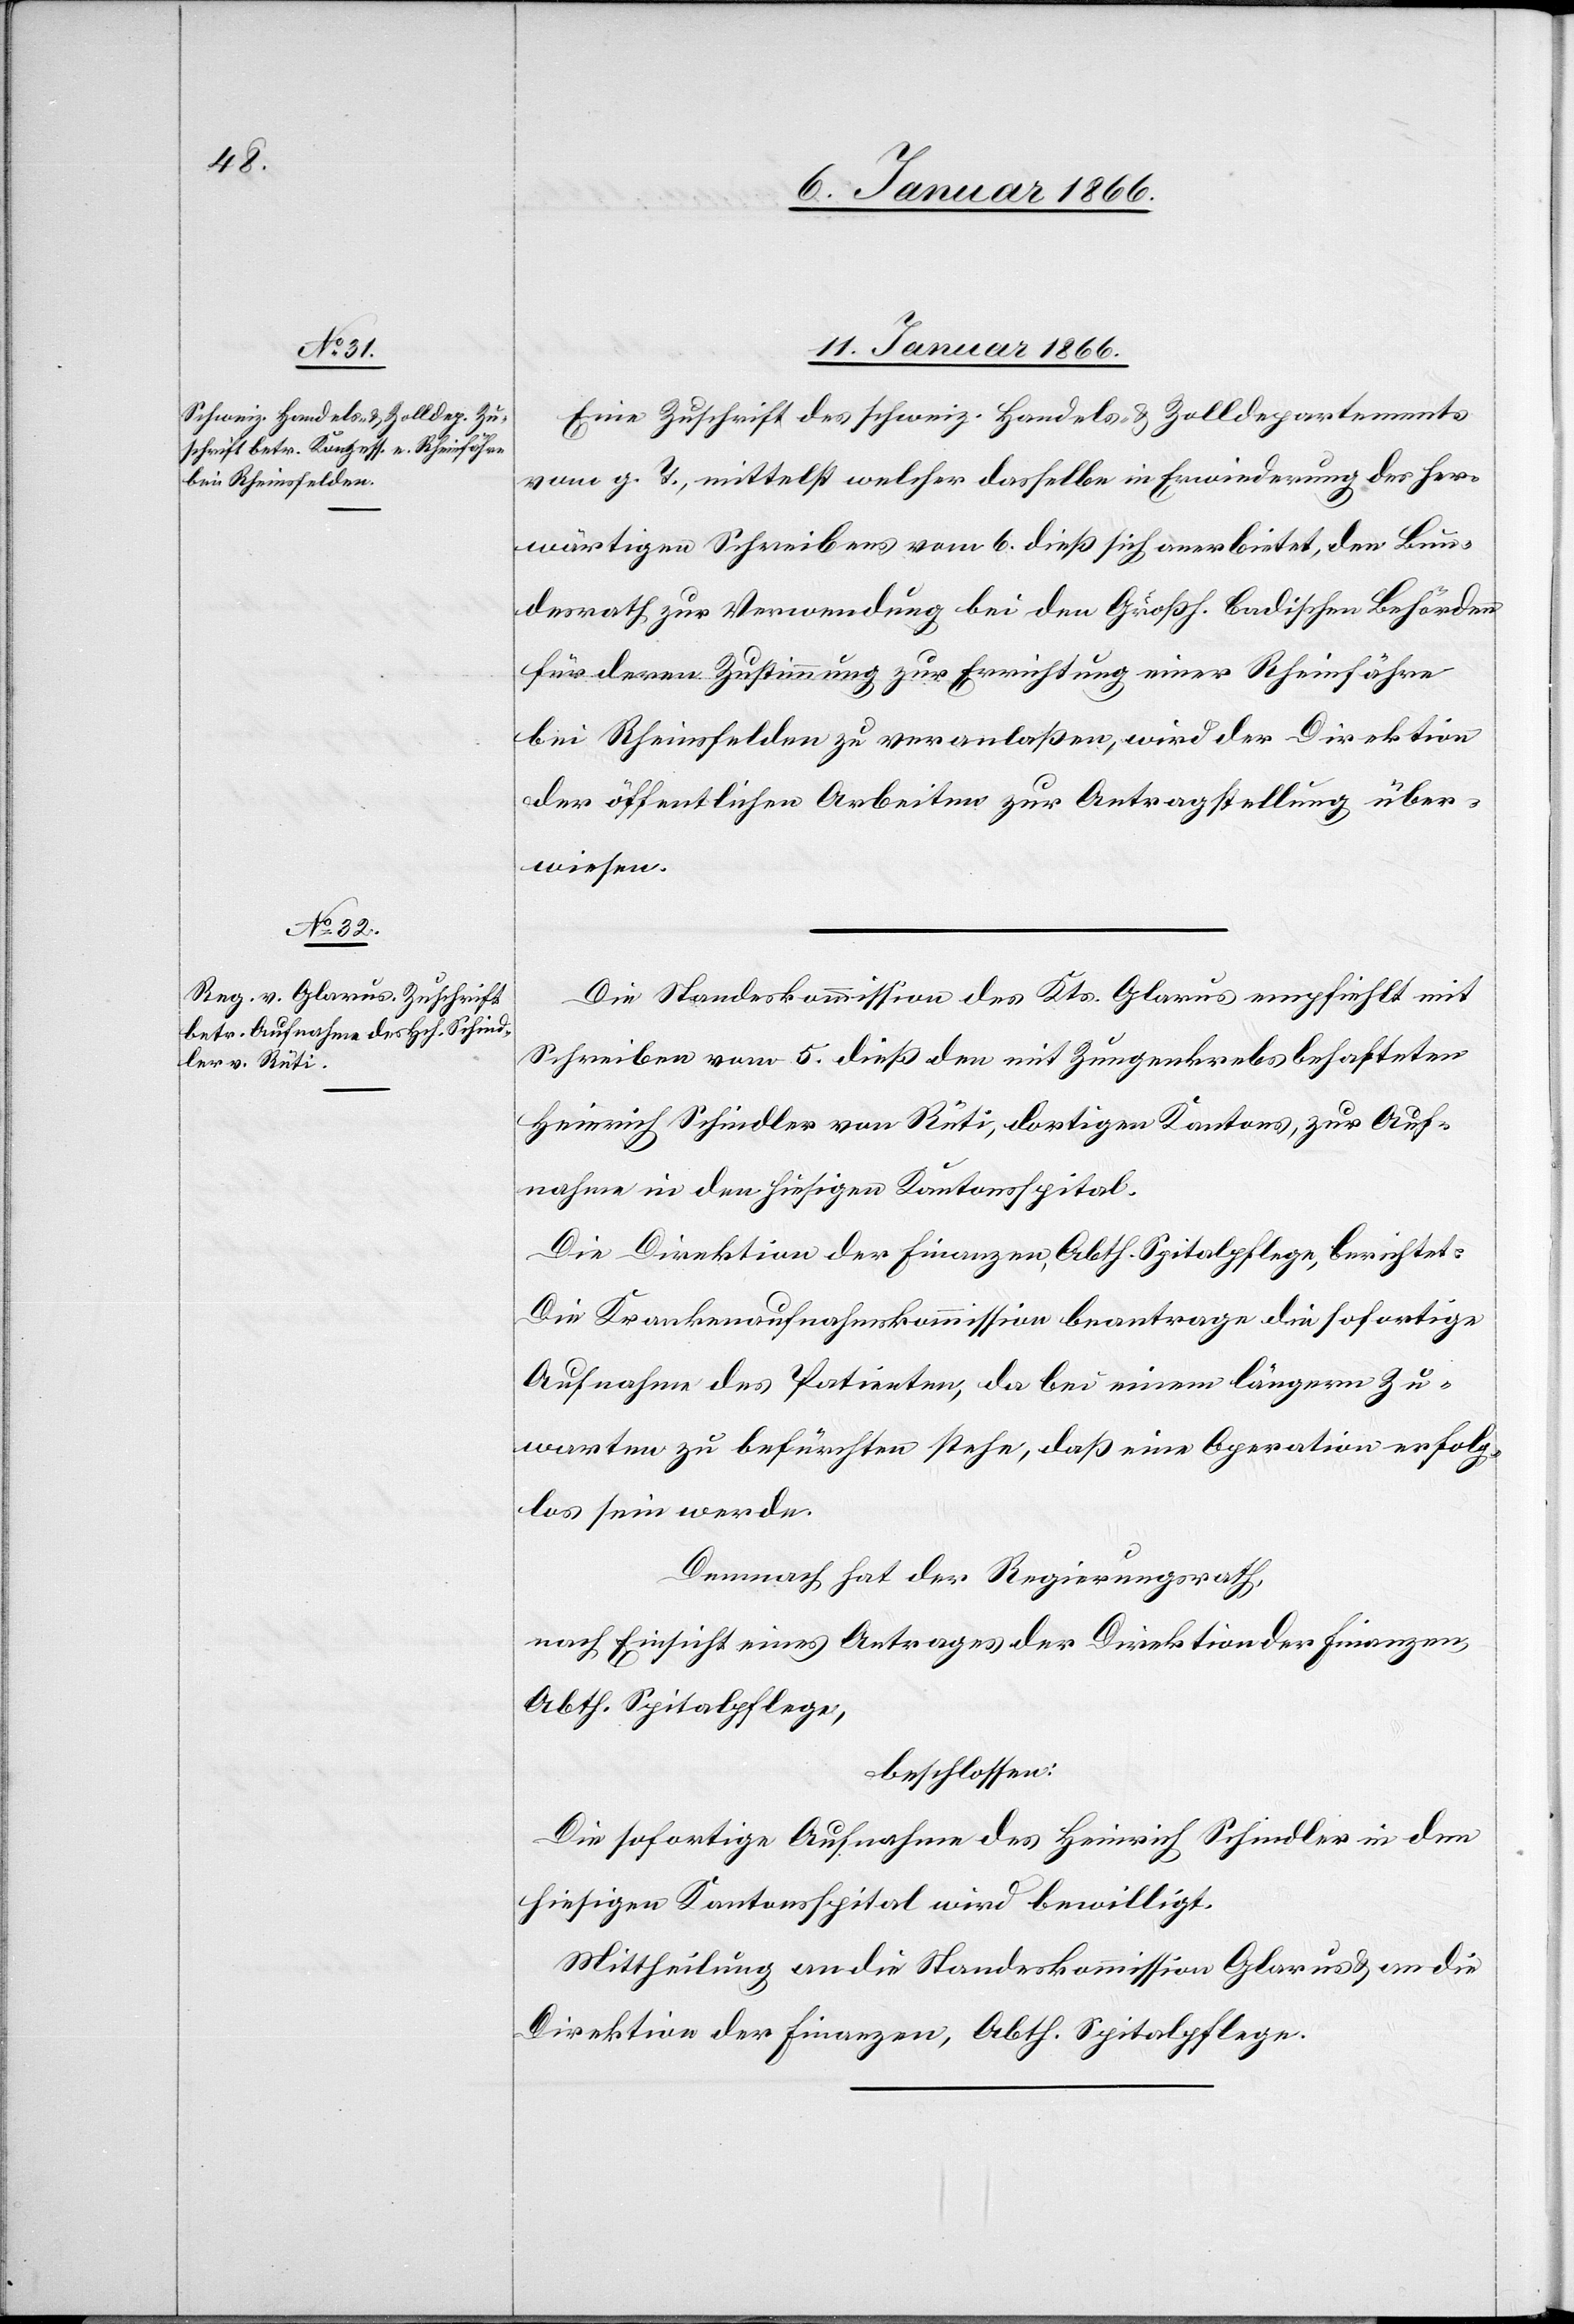
11. Januar 1866]
Eine Zuschrift des schweiz. Handels- & Zolldepartements
vom g. T., mittelst welcher dasselbe in Erwiederung des hir¬
wärtigen Schreibens vom 6. dieß sich anerbietet, den Bun¬
desrath zur Verwendung bei den Großh. badischen Behörden
für deren Zustimmung zur Errichtung einer Rheinfähre
bei Rheinsfelden zu veranlaßen, wird der Direktion
der öffentlichen Arbeiten zur Antragstellung über¬
wiesen.
Die Standeskommission des Kts. Glarus empfiehlt mit
Schreiben vom 5. dieß den mit Zungenkrebs behafteten
Heinrich Schindler von Rüti, dortigen Kantons, zur Auf¬
nahme in den hiesigen Kantonsspital.
Die Direktion der Finanzen, Abth. Spitalpflege, berichtet:
Die Krankenaufnahmekommission beantrage die sofortige
Aufnahme des Patienten, da bei einem längeren Zu¬
warten zu befürchten stehe, daß eine Operation erfolg¬
los sein werde.
Demnach hat der Regierungsrath,
nach Einsicht eines Antrages der Direktion der Finanzen,
Abth. Spitalpflege,
beschlossen:
Die sofortige Aufnahme des Heinrich Schindler in den
hiesigen Kantonsspital wird bewilligt.
Mittheilung an die Standeskommission Glarus u. an die
Direktion der Finanzen, Abth. Spitalpflege.